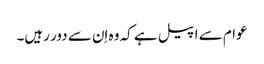
عوام سے اپیل ہے کہ وہ اِن سے دور رہیں۔